Report of the Municipal Commissioner on the plague in Bombay for the year ending 31st May... - Volume 3
Disease focus: Plague
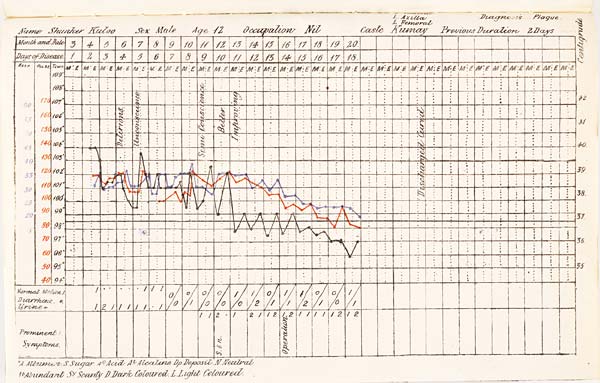
Diagnosis
Name
Sex
Age
Occupation
Caste
Previous
Duration
+A. Albumen S. Sugar Ac. Acid Al. Alcatine Dp. Deposit N. Neutral
Ab. Abundant Sy. Scanty D. Dark Coloured L. Light Coloured.